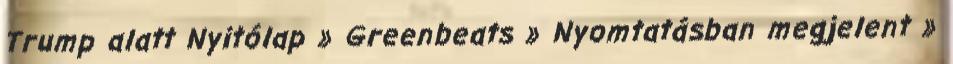
Trump alatt Nyitólap » Greenbeats » Nyomtatásban megjelent »